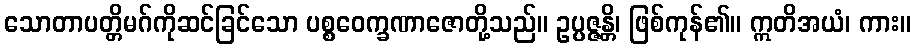
သောတာပတ္တိမဂ်ကိုဆင်ခြင်သော ပစ္စဝေက္ခဏာဇောတို့သည်။ ဥပ္ပဇ္ဇန္တိ၊ ဖြစ်ကုန်၏။ ဣတိအယံ၊ ကား။